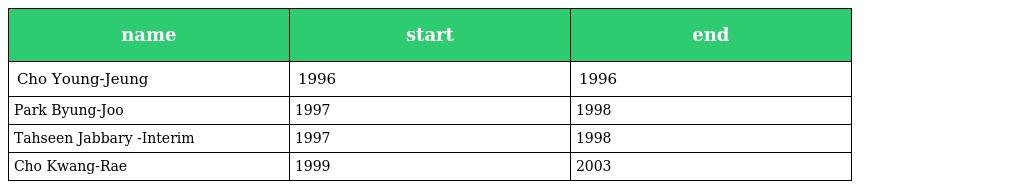
| name | start | end |
 | --- | --- | --- |
 | Cho Young-Jeung | 1996 | 1996 |
 | Park Byung-Joo | 1997 | 1998 |
 | Tahseen Jabbary -Interim | 1997 | 1998 |
 | Cho Kwang-Rae | 1999 | 2003 |